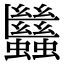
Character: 𧖀